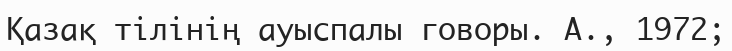
Қазақ тілінің ауыспалы говоры. А., 1972;